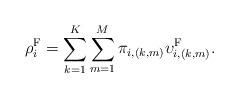
LaTeX: \begin{align*}\rho^\textrm{F}_i = \sum\limits_{k=1}^K \sum\limits_{m=1}^M\pi_{i,(k,m)} \upsilon^\textrm{F}_{i,(k,m)}.\end{align*}